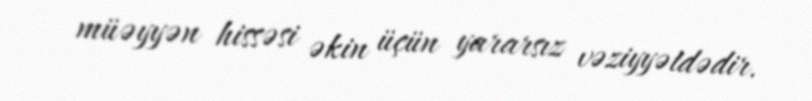
müəyyən hissəsi əkin üçün yararsız vəziyyətdədir.